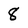
Character: 8